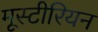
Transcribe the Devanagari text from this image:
मूस्टीरियन